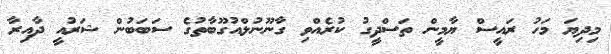
މިދިޔަ މަހު ރައީސް ޔާމީން ތަސްދީގު ކުރެއްވި ގާނޫނުލްއުގޫބާތުގެ ސަބަބުން ޝަރުއީ ދާއިރާ